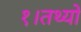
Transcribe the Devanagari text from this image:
१।तथ्यों